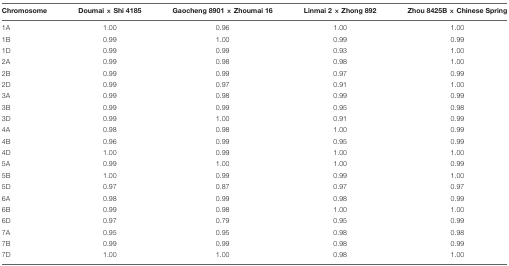
<table><thead><tr><td><b>Chromosome</b></td><td><b>Doumai × Shi 4185</b></td><td><b>Gaocheng 8901 × Zhoumai 16</b></td><td><b>Linmai 2 × Zhong 892</b></td><td><b>Zhou 8425B × Chinese Spring</b></td></tr></thead><tbody><tr><td>1A</td><td>1.00</td><td>0.96</td><td>1.00</td><td>1.00</td></tr><tr><td>1B</td><td>0.99</td><td>1.00</td><td>0.99</td><td>0.99</td></tr><tr><td>1D</td><td>0.99</td><td>0.99</td><td>0.93</td><td>1.00</td></tr><tr><td>2A</td><td>0.99</td><td>0.98</td><td>0.98</td><td>1.00</td></tr><tr><td>2B</td><td>0.99</td><td>0.99</td><td>0.97</td><td>0.99</td></tr><tr><td>2D</td><td>0.99</td><td>0.97</td><td>0.91</td><td>1.00</td></tr><tr><td>3A</td><td>0.99</td><td>0.98</td><td>0.99</td><td>0.99</td></tr><tr><td>3B</td><td>0.99</td><td>0.99</td><td>0.95</td><td>0.98</td></tr><tr><td>3D</td><td>0.99</td><td>1.00</td><td>0.91</td><td>0.99</td></tr><tr><td>4A</td><td>0.98</td><td>0.98</td><td>1.00</td><td>0.99</td></tr><tr><td>4B</td><td>0.96</td><td>0.99</td><td>0.95</td><td>0.99</td></tr><tr><td>4D</td><td>1.00</td><td>0.99</td><td>1.00</td><td>1.00</td></tr><tr><td>5A</td><td>0.99</td><td>1.00</td><td>1.00</td><td>0.99</td></tr><tr><td>5B</td><td>1.00</td><td>0.99</td><td>0.99</td><td>1.00</td></tr><tr><td>5D</td><td>0.97</td><td>0.87</td><td>0.97</td><td>0.97</td></tr><tr><td>6A</td><td>0.98</td><td>0.99</td><td>0.98</td><td>0.99</td></tr><tr><td>6B</td><td>0.99</td><td>0.98</td><td>1.00</td><td>1.00</td></tr><tr><td>6D</td><td>0.97</td><td>0.79</td><td>0.95</td><td>0.99</td></tr><tr><td>7A</td><td>0.95</td><td>0.95</td><td>0.98</td><td>0.98</td></tr><tr><td>7B</td><td>0.99</td><td>0.99</td><td>0.98</td><td>0.99</td></tr><tr><td>7D</td><td>1.00</td><td>1.00</td><td>0.98</td><td>1.00</td></tr></tbody></table>